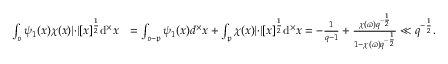
\begin{array} { r l } { \int _ { \mathfrak { o } } \psi _ { 1 } ( x ) \chi ( x ) \lvert \cdot \rvert [ x ] ^ { \frac { 1 } { 2 } } \mathrm { d } ^ { \times } x } & { = \int _ { \mathfrak { o } - \mathfrak { p } } \psi _ { 1 } ( x ) d ^ { \times } x + \int _ { \mathfrak { p } } \chi ( x ) \lvert \cdot \rvert [ x ] ^ { \frac { 1 } { 2 } } \mathrm { d } ^ { \times } x = - \frac { 1 } { q - 1 } + \frac { \chi ( \varpi ) q ^ { - \frac { 1 } { 2 } } } { 1 - \chi ( \varpi ) q ^ { - \frac { 1 } { 2 } } } \ll q ^ { - \frac { 1 } { 2 } } . } \end{array}